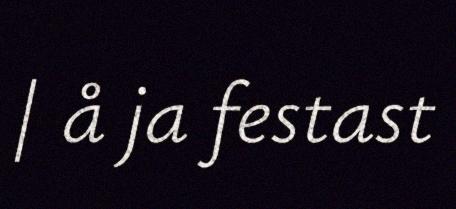
| å ja festast